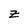
Character: z